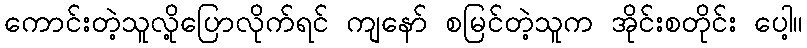
ကောင်းတဲ့သူလို့ပြောလိုက်ရင် ကျနော် စမြင်တဲ့သူက အိုင်းစတိုင်း ပေါ့။